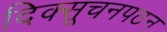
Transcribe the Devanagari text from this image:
दिक्सूचनपठन